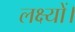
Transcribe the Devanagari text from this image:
लक्ष्यों।